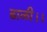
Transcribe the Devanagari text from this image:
ढाळी।।